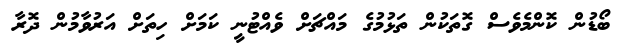
ބޯޑުން ކޮންމެވެސް ގޮތަކުން ތަޅުމުގެ މައްޗަށް ވެއްޓުނީ ކަމަށް ހިތަށް އަރުވާމުން ދޮރާ